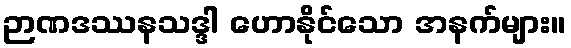
ဉာဏဒဿနသဒ္ဒါ ဟောနိုင်သော အနက်များ။